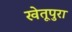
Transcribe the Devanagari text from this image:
खेतूपुरा